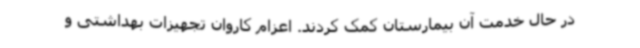
در حال خدمت آن بیمارستان کمک کردند. اعزام کاروان تجهیزات بهداشتی و